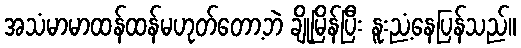
အသံမာမာထန်ထန်မဟုတ်တော့ဘဲ ချိုမြိန်ပြီး နူးညံ့နေပြန်သည်။